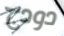
دودج